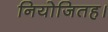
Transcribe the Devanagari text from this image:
नियोजितह।